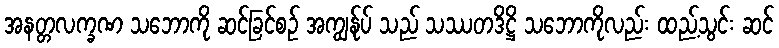
အနတ္တလက္ခဏ သဘောကို ဆင်ခြင်စဉ် အကျွန်ုပ် သည် သဿတဒိဋ္ဌိ သဘောကိုလည်း ထည့်သွင်း ဆင်